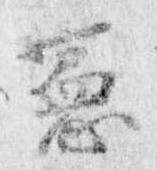
憲